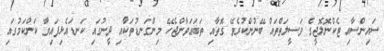
ސައިންސާއި ޓެކްނޮލޮޖީގެ ވަސީލަތްތައް ބޭނުންކުރެވޭ ގޮތާއި ތަބަޢަވާންޖެހޭ މިންގަނޑުތަކާއި ދީނުގައި ކަނޑައެޅިފައިވާ ކަންކަމުގައި